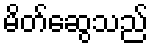
မိတ်ဆွေသည်